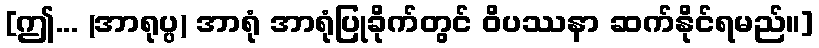
[ဤ... (အာရုပ္ပ) အာရုံ အာရုံပြုခိုက်တွင် ဝိပဿနာ ဆက်နိုင်ရမည်။]